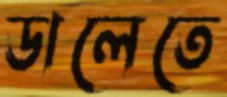
ডালেতে